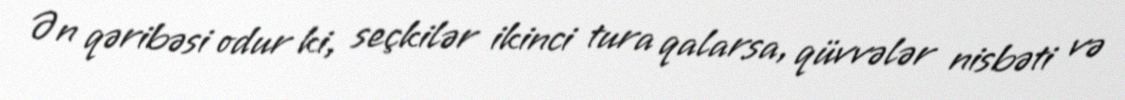
Ən qəribəsi odur ki, seçkilər ikinci tura qalarsa, qüvvələr nisbəti və